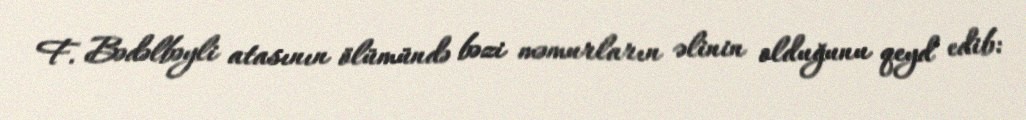
F. Bədəlbəyli atasının ölümündə bəzi məmurların əlinin olduğunu qeyd edib: